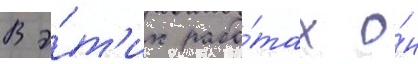
В э́т'их рабо́тах о́н